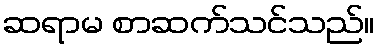
ဆရာမ စာဆက်သင်သည်။